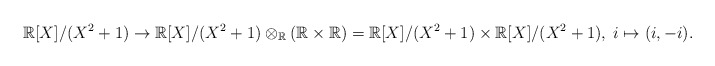
\begin{align*}\mathbb{R}[X]/(X^{2}+1)\to\mathbb{R}[X]/(X^{2}+1)\otimes_{\mathbb{R}}(\mathbb{R}\times\mathbb{R})=\mathbb{R}[X]/(X^{2}+1)\times\mathbb{R}[X]/(X^{2}+1),\;i\mapsto(i,-i).\end{align*}